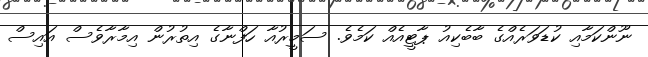
ނޫންކަމާއި ކުޑަވަރެއްގެ ބާބެކިއު ޕާޓީއެއް ކަމެވެ. ސަމީރުއާ ހަފްނާގެ އިތުރުން އިމާރާވެސް އައިސް